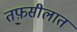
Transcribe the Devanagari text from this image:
तफ़सीलात